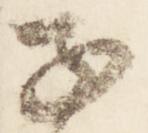
子